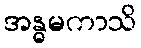
အန္ဓမကာသိ